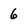
Character: 6